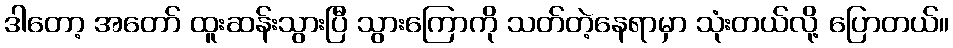
ဒါတော့ အတော် ထူးဆန်းသွားပြီ သွားကြောကို သတ်တဲ့နေရာမှာ သုံးတယ်လို့ ပြောတယ်။